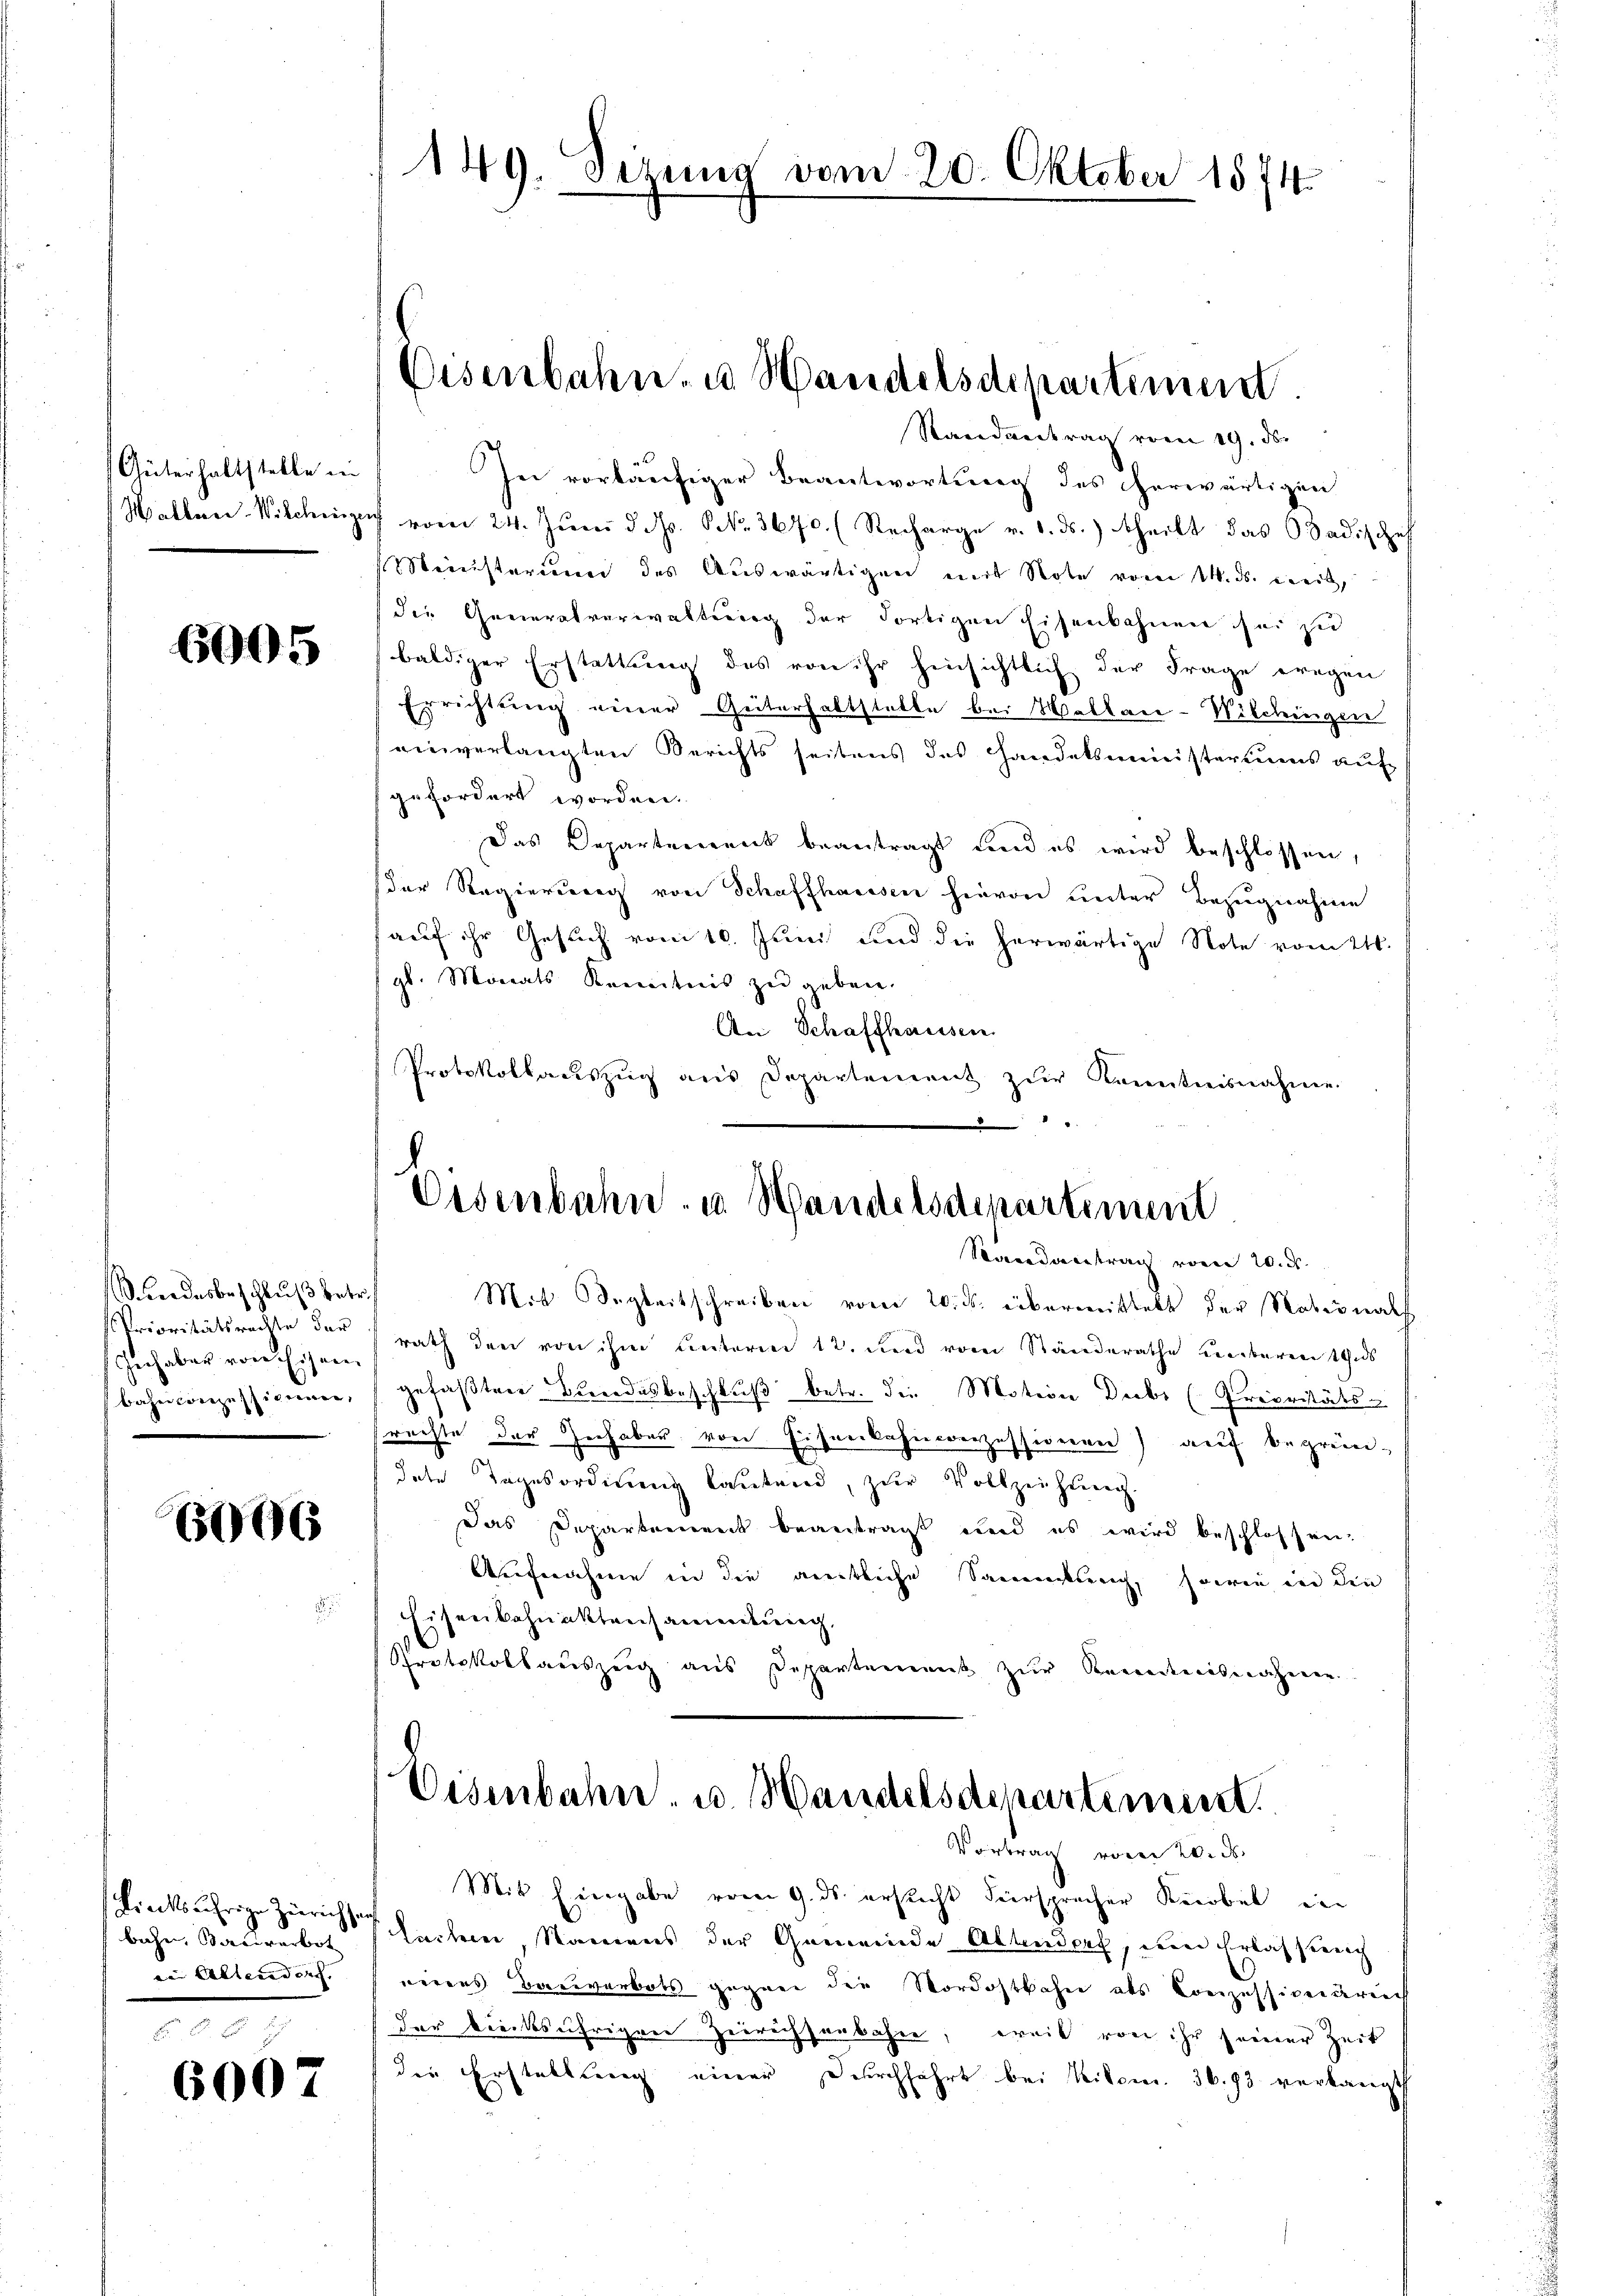
Güterhaltstelle in

6005

uendesbeschluß betr.
Prioritätsrechte dar
Gerhaber von Eisen.
bahn conzessierenen,

6006

Liecksjährige Zürich
bahn, Barriverbot
in Altendord.

6007

149. Derena vom 20. Oktober 1874

Randantrag vom 19. ds.
In vorläufiger Beantwortung des herwärtigen
Hallen-Wilchinge vom 24. Juni d. d. NNo. 3670. (Recharge v. 1. ds. theilt das Badischef
Weinsterium des Auswärtigen mit Note vom 14. ds. weit,
die Generalverwaltung der dortigen Eisenbahnen sei zu
baldiger Erstattung des von ihr hinsichtlich der Frage wegen
Errichtung einer Güterhaltstelle bei Wallen-Wilchingen
einverlangten Berichts seitens des Handelsministeriums auf
gefordert worden.
Das Departement beantragt Land es wird beschlossen,
der Regierung von Schaffhausen hievon unter Bezugnahme
(auf ihr Gesuch vom 10. Juni und die herwärtige Note vom 21.
gl. Monats Kenntnis zu geben.
An Schaffhaussen.
Protokollauszug aus Departement zur Kenntnisnahme
.

Eisenbahn. u Handelsdepartement.

Osenbahn u. Handelsdepartiment
Randantrag vom 20. d.

Mit Begleitschreiben vom 20. ds. übermittelt der Nationals
rath den von ihm unterm 12. und vom Ständerathe verbaren 19.ds
gefaßten Bundesbeschluß betr. die Motion Decbr (Preivitäts-
srechte der Inhaber von Eisenbahnconzessionen) auf begründate Tagesordnung lautend, zur Vollzeihung.
Das Departement beantragt und es wird beschlossen.
Aufnahme in die geeitliche Samenkung, sowie in die
Eisenbahnaktensammlung,
Protokollauszeug aus Departement zur Kenntnisnahmen.

Eisenbahn u. Handelsdepartement.
Vortrag von 2. ds

Mit Eingabe vom 9. ds. ersucht hiersprecher Reibel ein
 Lachen, Namens der Gemeinde Altendorf, um Erlasseng
nerens Bauverbots gegen die Nordostbahn als Conzessivendreich
der drücksährigen Zerrichsenbahne; weil von ihr seiner Zeit
die Erstellung einer Durchführt bei Kilom. 36.93 verlangt